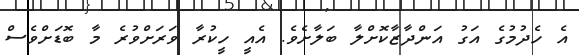
އެ ހެދުމުގެ އަގު އަންދާޒާކޮށްލާ ބަލާށެވެ. އެއީ ހީކުރާ ވަރަށްވުރެ މާ ބޮޑަށްވެސް